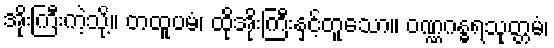
အိုးကြီးကဲ့သို့။ တထူပမံ၊ ထိုအိုးကြီးနှင့်တူသော။ ဝဏ္ဏဂန္ဓရသုတ္တမံ၊